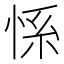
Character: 𱞚